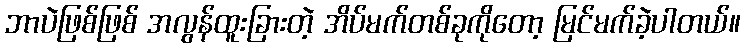
ဘာပဲဖြစ်ဖြစ် အလွန်ထူးခြားတဲ့ အိပ်မက်တစ်ခုကိုတော့ မြင်မက်ခဲ့ပါတယ်။